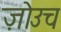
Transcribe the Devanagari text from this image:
ज़ोउच